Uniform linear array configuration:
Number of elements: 16
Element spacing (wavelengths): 0.75
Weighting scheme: uniform
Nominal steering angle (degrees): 15
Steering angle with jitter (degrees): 13.886
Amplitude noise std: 0.05
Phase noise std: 0.05

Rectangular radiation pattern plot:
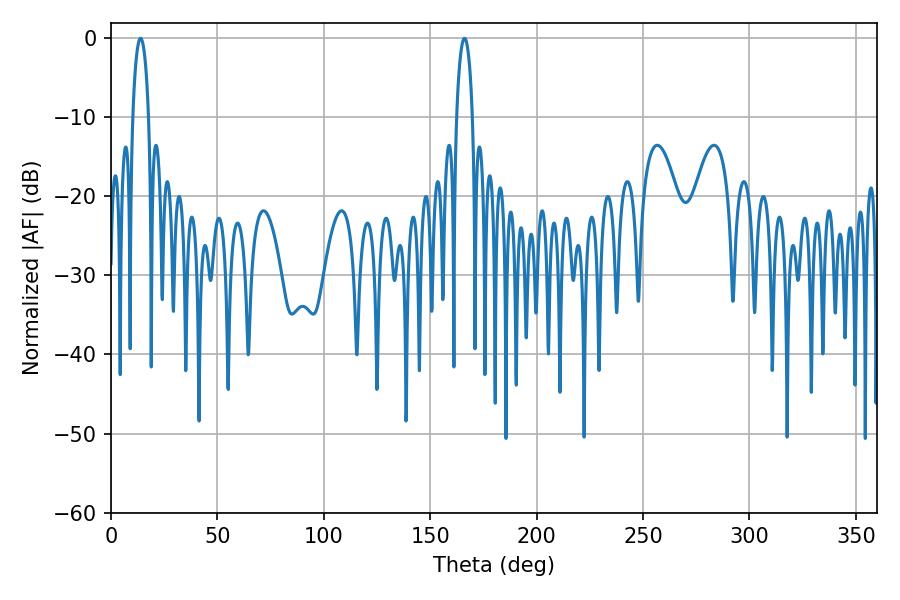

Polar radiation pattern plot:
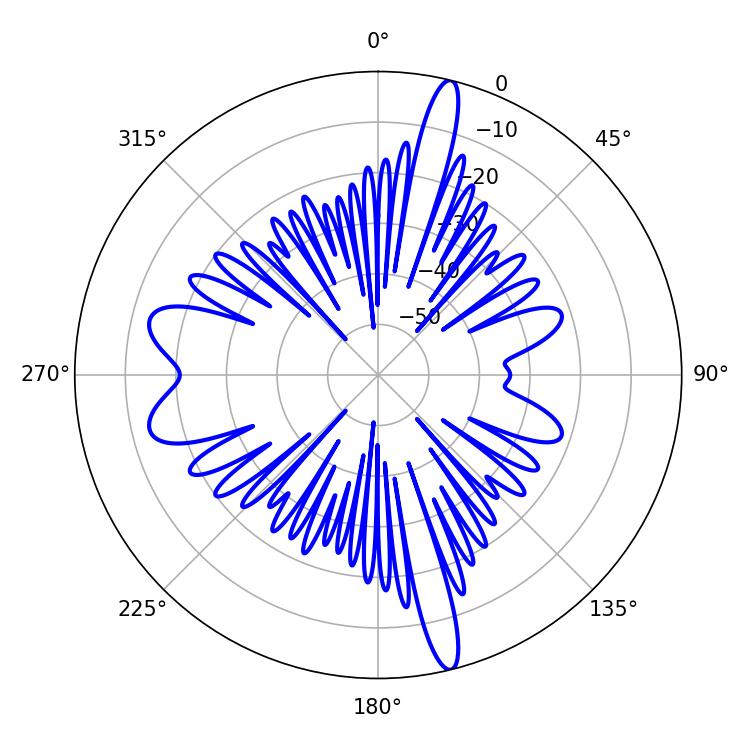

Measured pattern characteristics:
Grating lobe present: TRUE
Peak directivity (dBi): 19.676
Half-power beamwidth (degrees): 4.32
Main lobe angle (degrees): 13.86